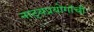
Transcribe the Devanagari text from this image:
नाट्यप्रयोगांची